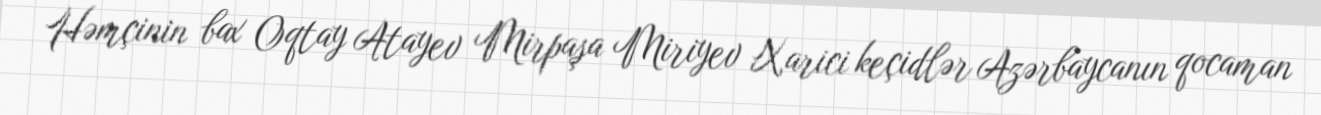
Həmçinin bax Oqtay Atayev Mirpaşa Miriyev Xarici keçidlər Azərbaycanın qocaman